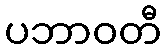
ပဘာဝတီ